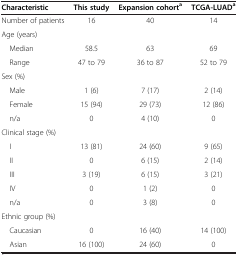
<table><thead><tr><td><b>Characteristic</b></td><td><b>This study</b></td><td><b>Expansion cohort<sup>a</sup></b></td><td><b>TCGA-LUAD<sup>a</sup></b></td></tr></thead><tbody><tr><td>Number of patients</td><td>16</td><td>40</td><td>14</td></tr><tr><td>Age (years)</td><td> </td><td> </td><td> </td></tr><tr><td> Median</td><td>58.5</td><td>63</td><td>69</td></tr><tr><td> Range</td><td>47 to 79</td><td>36 to 87</td><td>52 to 79</td></tr><tr><td>Sex (%)</td><td> </td><td> </td><td> </td></tr><tr><td> Male</td><td>1 (6)</td><td>7 (17)</td><td>2 (14)</td></tr><tr><td> Female</td><td>15 (94)</td><td>29 (73)</td><td>12 (86)</td></tr><tr><td> n/a</td><td>0</td><td>4 (10)</td><td>0</td></tr><tr><td colspan="2">Clinical stage (%)</td><td> </td><td> </td></tr><tr><td> I</td><td>13 (81)</td><td>24 (60)</td><td>9 (65)</td></tr><tr><td> II</td><td>0</td><td>6 (15)</td><td>2 (14)</td></tr><tr><td> III</td><td>3 (19)</td><td>6 (15)</td><td>3 (21)</td></tr><tr><td> IV</td><td>0</td><td>1 (2)</td><td>0</td></tr><tr><td> n/a</td><td>0</td><td>3 (8)</td><td>0</td></tr><tr><td>Ethnic group (%)</td><td> </td><td> </td><td> </td></tr><tr><td> Caucasian</td><td>0</td><td>16 (40)</td><td>14 (100)</td></tr><tr><td> Asian</td><td>16 (100)</td><td>24 (60)</td><td>0</td></tr></tbody></table>